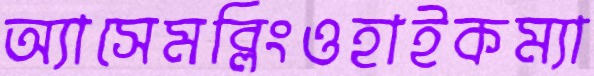
অ্যাসেমব্লিংওহাইকম্যা